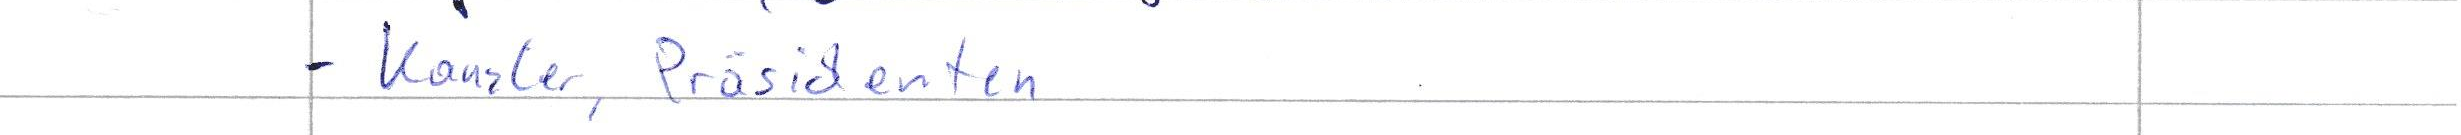
- Kanzler, Präsidenten